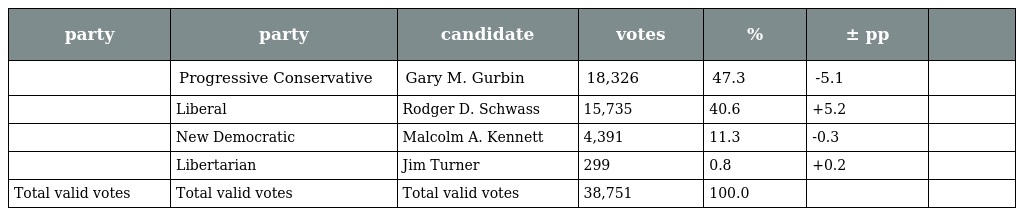
| party | party | candidate | votes | % | ± pp |  |
 | --- | --- | --- | --- | --- | --- | --- |
 |  | Progressive Conservative | Gary M. Gurbin | 18,326 | 47.3 | -5.1 |  |
 |  | Liberal | Rodger D. Schwass | 15,735 | 40.6 | +5.2 |  |
 |  | New Democratic | Malcolm A. Kennett | 4,391 | 11.3 | -0.3 |  |
 |  | Libertarian | Jim Turner | 299 | 0.8 | +0.2 |  |
 | Total valid votes | Total valid votes | Total valid votes | 38,751 | 100.0 |  |  |